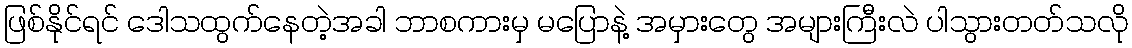
ဖြစ်နိုင်ရင် ဒေါသထွက်နေတဲ့အခါ ဘာစကားမှ မပြောနဲ့ အမှားတွေ အများကြီးလဲ ပါသွားတတ်သလို